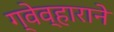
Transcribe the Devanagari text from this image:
ग्वेव्हाराने